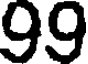
99